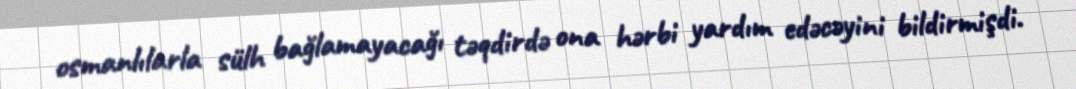
osmanlılarla sülh bağlamayacağı təqdirdə ona hərbi yardım edəcəyini bildirmişdi.